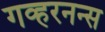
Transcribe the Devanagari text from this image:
गव्हरनन्स